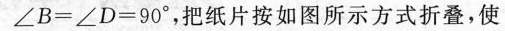
$$∠ B = ∠ D = 9 0 °$$，把纸片按如图所示方式折叠，使